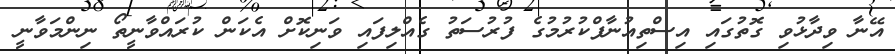
އޭނާ ވިދާޅުވި ގޮތުގައި އިސްތިއުނާފްކުރުމުގެ ފުރުސަތު ގެއްލިފައި ވަނިކޮށް އެކަން ކުރައްވާނީތޯ ނިންމަވާނީ